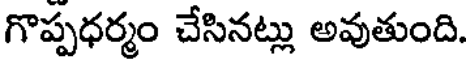
గొప్పధర్మం చేసినట్లు అవుతుంది.